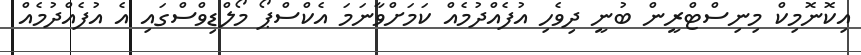
އިކޮނޮމިކް މިނިސްޓްރީން ބުނީ ދިވެހި އުފެއްދުމެއް ކަމަށްވާނަމަ އެކްސްޕޯ މޯލްޑިވްސްގައި އެ އުފެއްދުމެއް